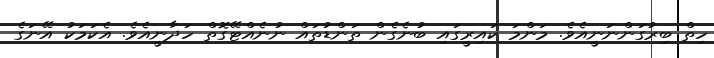
ހިތް ބިރުގަންނަނީއެވެ. މަންމަ ކައިރީގައި ބުނެގެން ތަންޑުތައް ނުނެއްޓޭގޮތް ހަދާނީއެވެ. އެކަމަކު އޭނަގެ